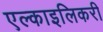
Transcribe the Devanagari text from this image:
एल्काइलिकरी